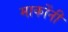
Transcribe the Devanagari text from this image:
मार्कोंनी